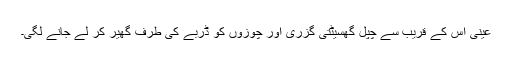
عینی اس کے قریب سے چپل گھسیٹتی گزری اور چوزوں کو ڈربے کی طرف گھیر کر لے جانے لگی۔